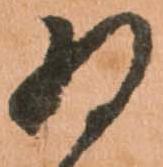
為